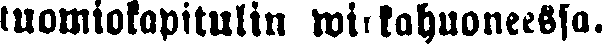
tuomiotapitulin wirkahuoneessa.